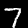
Label: 7